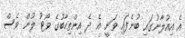
އެ އިއުލާނުގައި ބުނެފައި ވަނީ އެ ދެ އިންތިހާބުގެ ވޯޓު ލުން ވެސް